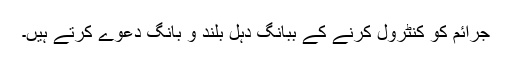
جرائم کو کنٹرول کرنے کے ببانگ دہل بلند و بانگ دعوے کرتے ہیں۔